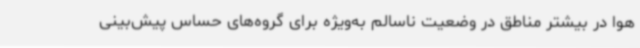
هوا در بیشتر مناطق در وضعیت ناسالم به‌ویژه برای گروه‌های حساس پیش‌بینی